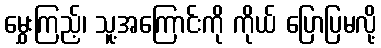
မွှေးကြည့်၊ သူ့အကြောင်းကို ကိုယ် ပြောပြမလို့